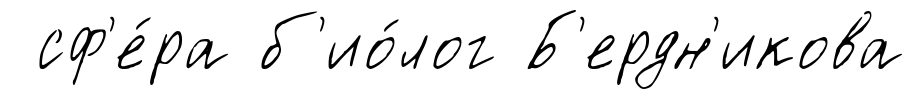
сф'е́ра б'ио́лог Б'ердн'икова